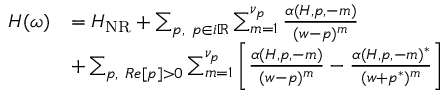
\begin{array} { r } { \begin{array} { r l } { H ( \omega ) } & { = H _ { \mathrm { N R } } + \sum _ { p , ~ p \in i \mathbb { R } } \sum _ { m = 1 } ^ { \nu _ { p } } \frac { \alpha ( H , p , - m ) } { ( w - p ) ^ { m } } } \\ & { + \sum _ { p , ~ R e [ p ] > 0 } \sum _ { m = 1 } ^ { \nu _ { p } } \left[ \frac { \alpha ( H , p , - m ) } { ( w - p ) ^ { m } } - \frac { \alpha ( H , p , - m ) ^ { * } } { ( w + p ^ { * } ) ^ { m } } \right] } \end{array} } \end{array}